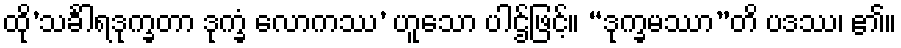
ထို’သင်္ခါရဒုက္ခတာ ဒုက္ခံ လောကဿ’ ဟူသော ပါဌ်ဖြင့်။ “ဒုက္ခမဿာ”တိ ပဒဿ၊ ၏။